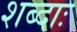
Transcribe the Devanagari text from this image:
शब्दाः